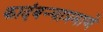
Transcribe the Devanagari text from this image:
कादंबऱ्याप्रमाणे